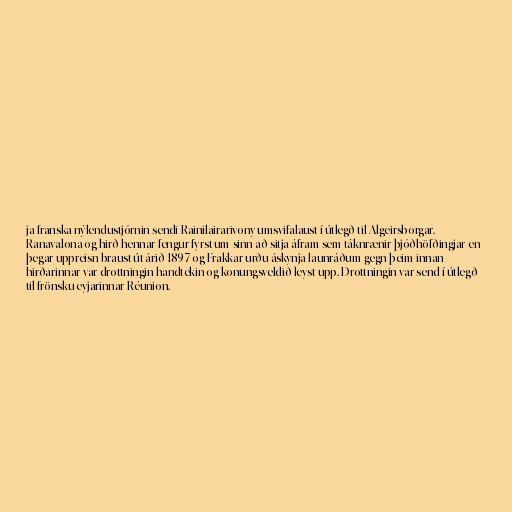
ja franska nýlendustjórnin sendi Rainilairarivony umsvifalaust í útlegð til Algeirsborgar.
Ranavalona og hirð hennar fengur fyrst um sinn að sitja áfram sem táknrænir þjóðhöfðingjar en
þegar uppreisn braust út árið 1897 og Frakkar urðu áskynja launráðum gegn þeim innan
hirðarinnar var drottningin handtekin og konungsveldið leyst upp. Drottningin var send í útlegð
til frönsku eyjarinnar Réunion.